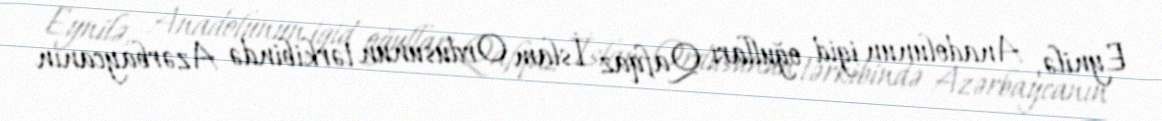
Eynilə, Anadolunun igid oğulları Qafqaz İslam Ordusunun tərkibində Azərbaycanın